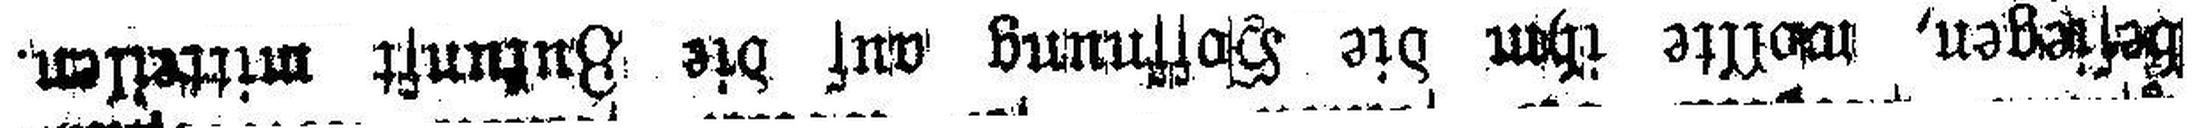
besiegen, wollte ihm die Hoffnung auf die Zukunft mitteilen.